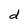
Character: d